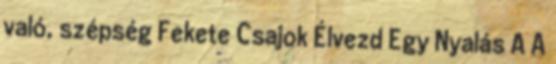
való, szépség Fekete Csajok Élvezd Egy Nyalás A A